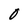
Character: O